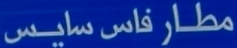
مطار فاس سايس